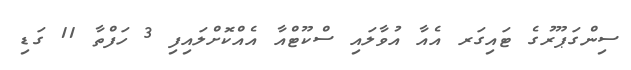
ސިންގަޕޫރުގެ ޓައިގަރ އެއާ އުވާލައި ސްކޫޓްއާ އެއްކޮށްލައިފި 3 ހަފްތާ 11 ގަޑި